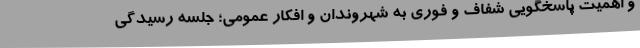
و اهمیت پاسخگویی شفاف و فوری به شهروندان و افکار عمومی؛ جلسه رسیدگی